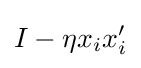
I-\eta x_{i}x_{i}'